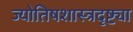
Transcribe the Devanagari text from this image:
ज्योतिषशास्त्रदृष्ट्या